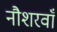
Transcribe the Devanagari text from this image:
नौशरवाँ